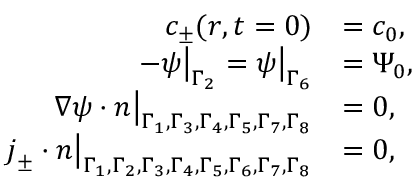
\begin{array} { r l } { c _ { \pm } ( \boldsymbol { r } , t = 0 ) } & { = c _ { 0 } , } \\ { - \psi \big | _ { \Gamma _ { 2 } } = \psi \big | _ { \Gamma _ { 6 } } } & { = \Psi _ { 0 } , } \\ { \boldsymbol { \nabla } \psi \cdot \boldsymbol { n } \big | _ { \Gamma _ { 1 } , \Gamma _ { 3 } , \Gamma _ { 4 } , \Gamma _ { 5 } , \Gamma _ { 7 } , \Gamma _ { 8 } } } & { = 0 , } \\ { \boldsymbol { j } _ { \pm } \cdot \boldsymbol { n } \big | _ { \Gamma _ { 1 } , \Gamma _ { 2 } , \Gamma _ { 3 } , \Gamma _ { 4 } , \Gamma _ { 5 } , \Gamma _ { 6 } , \Gamma _ { 7 } , \Gamma _ { 8 } } } & { = 0 , } \end{array}